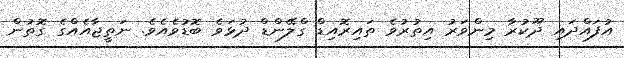
އުފައްދައި ދޫކުރާ މިންވަރު އިތުރުވެ ތައިރޮއިޑް ގްލޭންޑް ދުޅަވެ ބޮޑުވެއެވެ. ނަތީޖާއެއްގެ ގޮތުން